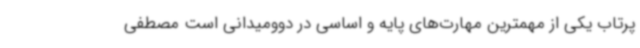
پرتاب یکی از مهمترین مهارت‌های پایه و اساسی در دوومیدانی است مصطفی